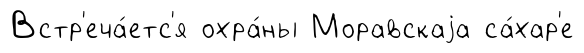
Встр'еча́етс'я охра́ны Моравскаjа са́хар'е